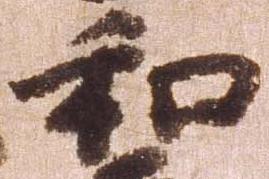
和